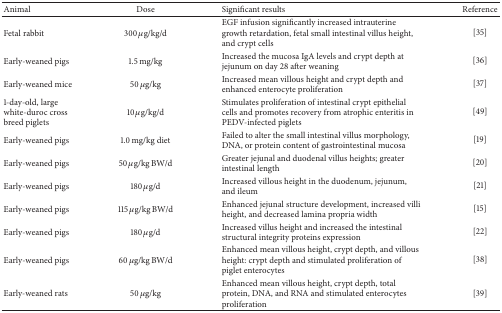
<table><thead><tr><td><b>Animal </b></td><td><b>Dose</b></td><td><b>Significant results</b></td><td><b>Reference</b></td></tr></thead><tbody><tr><td>Fetal rabbit</td><td>300 <i>μ</i>g/kg/d</td><td>EGF infusion significantly increased intrauterine growth retardation, fetal small intestinal villus height, and crypt cells</td><td>[35]</td></tr><tr><td>Early-weaned pigs</td><td>1.5 mg/kg</td><td>Increased the mucosa IgA levels and crypt depth at jejunum on day 28 after weaning</td><td>[36]</td></tr><tr><td>Early-weaned mice</td><td>50 <i>μ</i>g/kg</td><td>Increased mean villous height and crypt depth and enhanced enterocyte proliferation </td><td>[37]</td></tr><tr><td>1-day-old, large white-duroc cross breed piglets</td><td>10<b> </b><i>μ</i>g/kg/d</td><td>Stimulates proliferation of intestinal crypt epithelial cells and promotes recovery from atrophic enteritis in PEDV-infected piglets</td><td>[49]</td></tr><tr><td>Early-weaned pigs</td><td>1.0<b> </b>mg/kg diet</td><td>Failed to alter the small intestinal villus morphology, DNA, or protein content of gastrointestinal mucosa</td><td>[19]</td></tr><tr><td>Early-weaned pigs</td><td>50<b> </b><i>μ</i>g/kg<b> </b>BW/d</td><td>Greater jejunal and duodenal villus heights; greater intestinal length </td><td>[20]</td></tr><tr><td>Early-weaned pigs</td><td>180<b> </b><i>μ</i>g/d</td><td>Increased villous height in the duodenum, jejunum, and ileum</td><td>[21]</td></tr><tr><td>Early-weaned pigs</td><td>115<b> </b><i>μ</i>g/kg<b> </b>BW/d</td><td>Enhanced jejunal structure development, increased villi height, and decreased lamina propria width</td><td>[15]</td></tr><tr><td>Early-weaned pigs</td><td>180<b> </b><i>μ</i>g/d</td><td>Increased villus height and increased the intestinal structural integrity proteins expression </td><td>[22]</td></tr><tr><td>Early-weaned pigs</td><td>60<b> </b><i>μ</i>g/kg<b> </b>BW/d</td><td>Enhanced mean villous height, crypt depth, and villous height: crypt depth and stimulated proliferation of piglet enterocytes</td><td>[38]</td></tr><tr><td>Early-weaned rats</td><td>50<b> </b><i>μ</i>g/kg</td><td>Enhanced mean villous height, crypt depth, total protein, DNA, and RNA and stimulated enterocytes proliferation</td><td>[39]</td></tr></tbody></table>